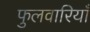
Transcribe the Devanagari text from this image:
फुलवारियाँ